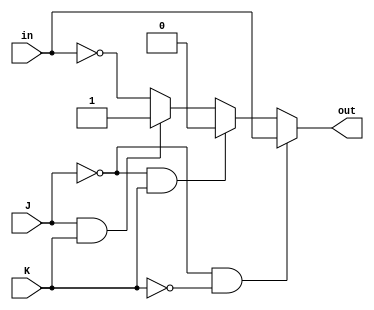
module JKff (out,J,K,in);
    input J,K,in;
    output out;
    reg place;
    always @* begin
        
        if (J==0 & K==0) 
            place = in;
        else if(J==0 & K==1)
            place = 0;
        else if(J==1 & K==1)
            place=1;
        else
            place=~in;
    end
    assign out=place;
endmodule